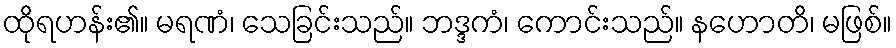
ထိုရဟန်း၏။ မရဏံ၊ သေခြင်းသည်။ ဘဒ္ဒကံ၊ ကောင်းသည်။ နဟောတိ၊ မဖြစ်။